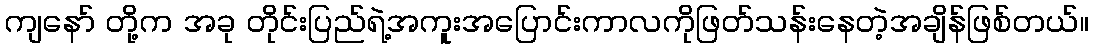
ကျနော် တို့က အခု တိုင်းပြည်ရဲ့အကူးအပြောင်းကာလကိုဖြတ်သန်းနေတဲ့အချိန်ဖြစ်တယ်။